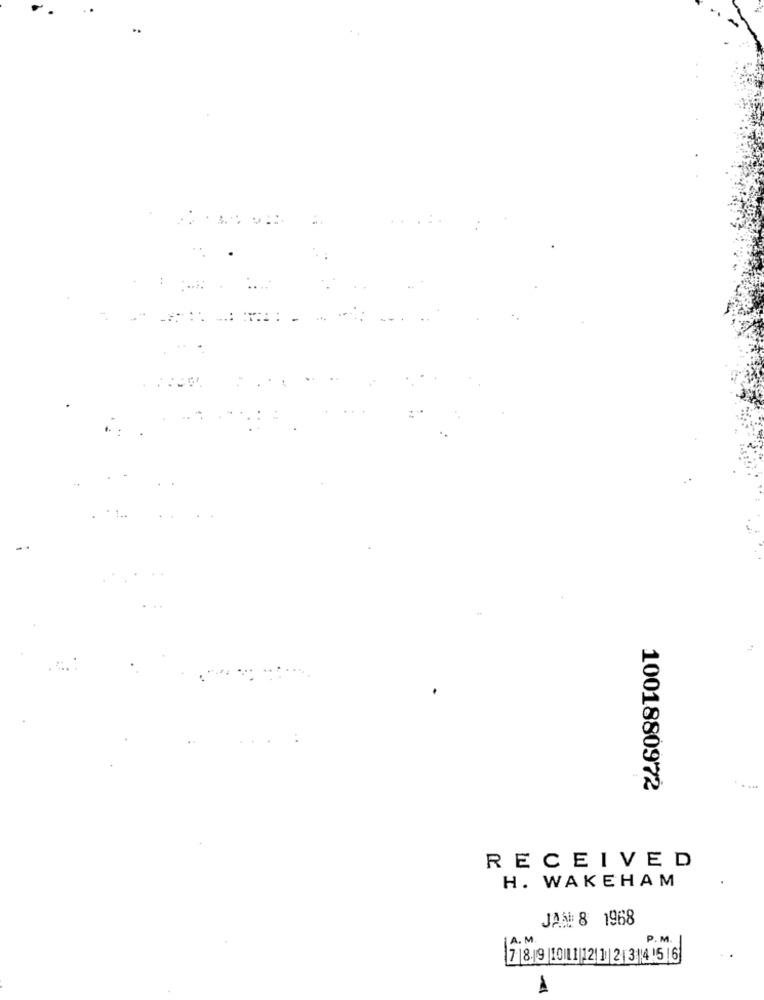
..
:.
1001880972
RECEIVED
H. WAKEHAM
JAN: 8 1968
A. M.
P. M.
7 |8.19 |10|11|12| 1 |2 |3|415 |6